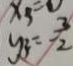
y _ { 3 } = \frac { 3 } { 2 }